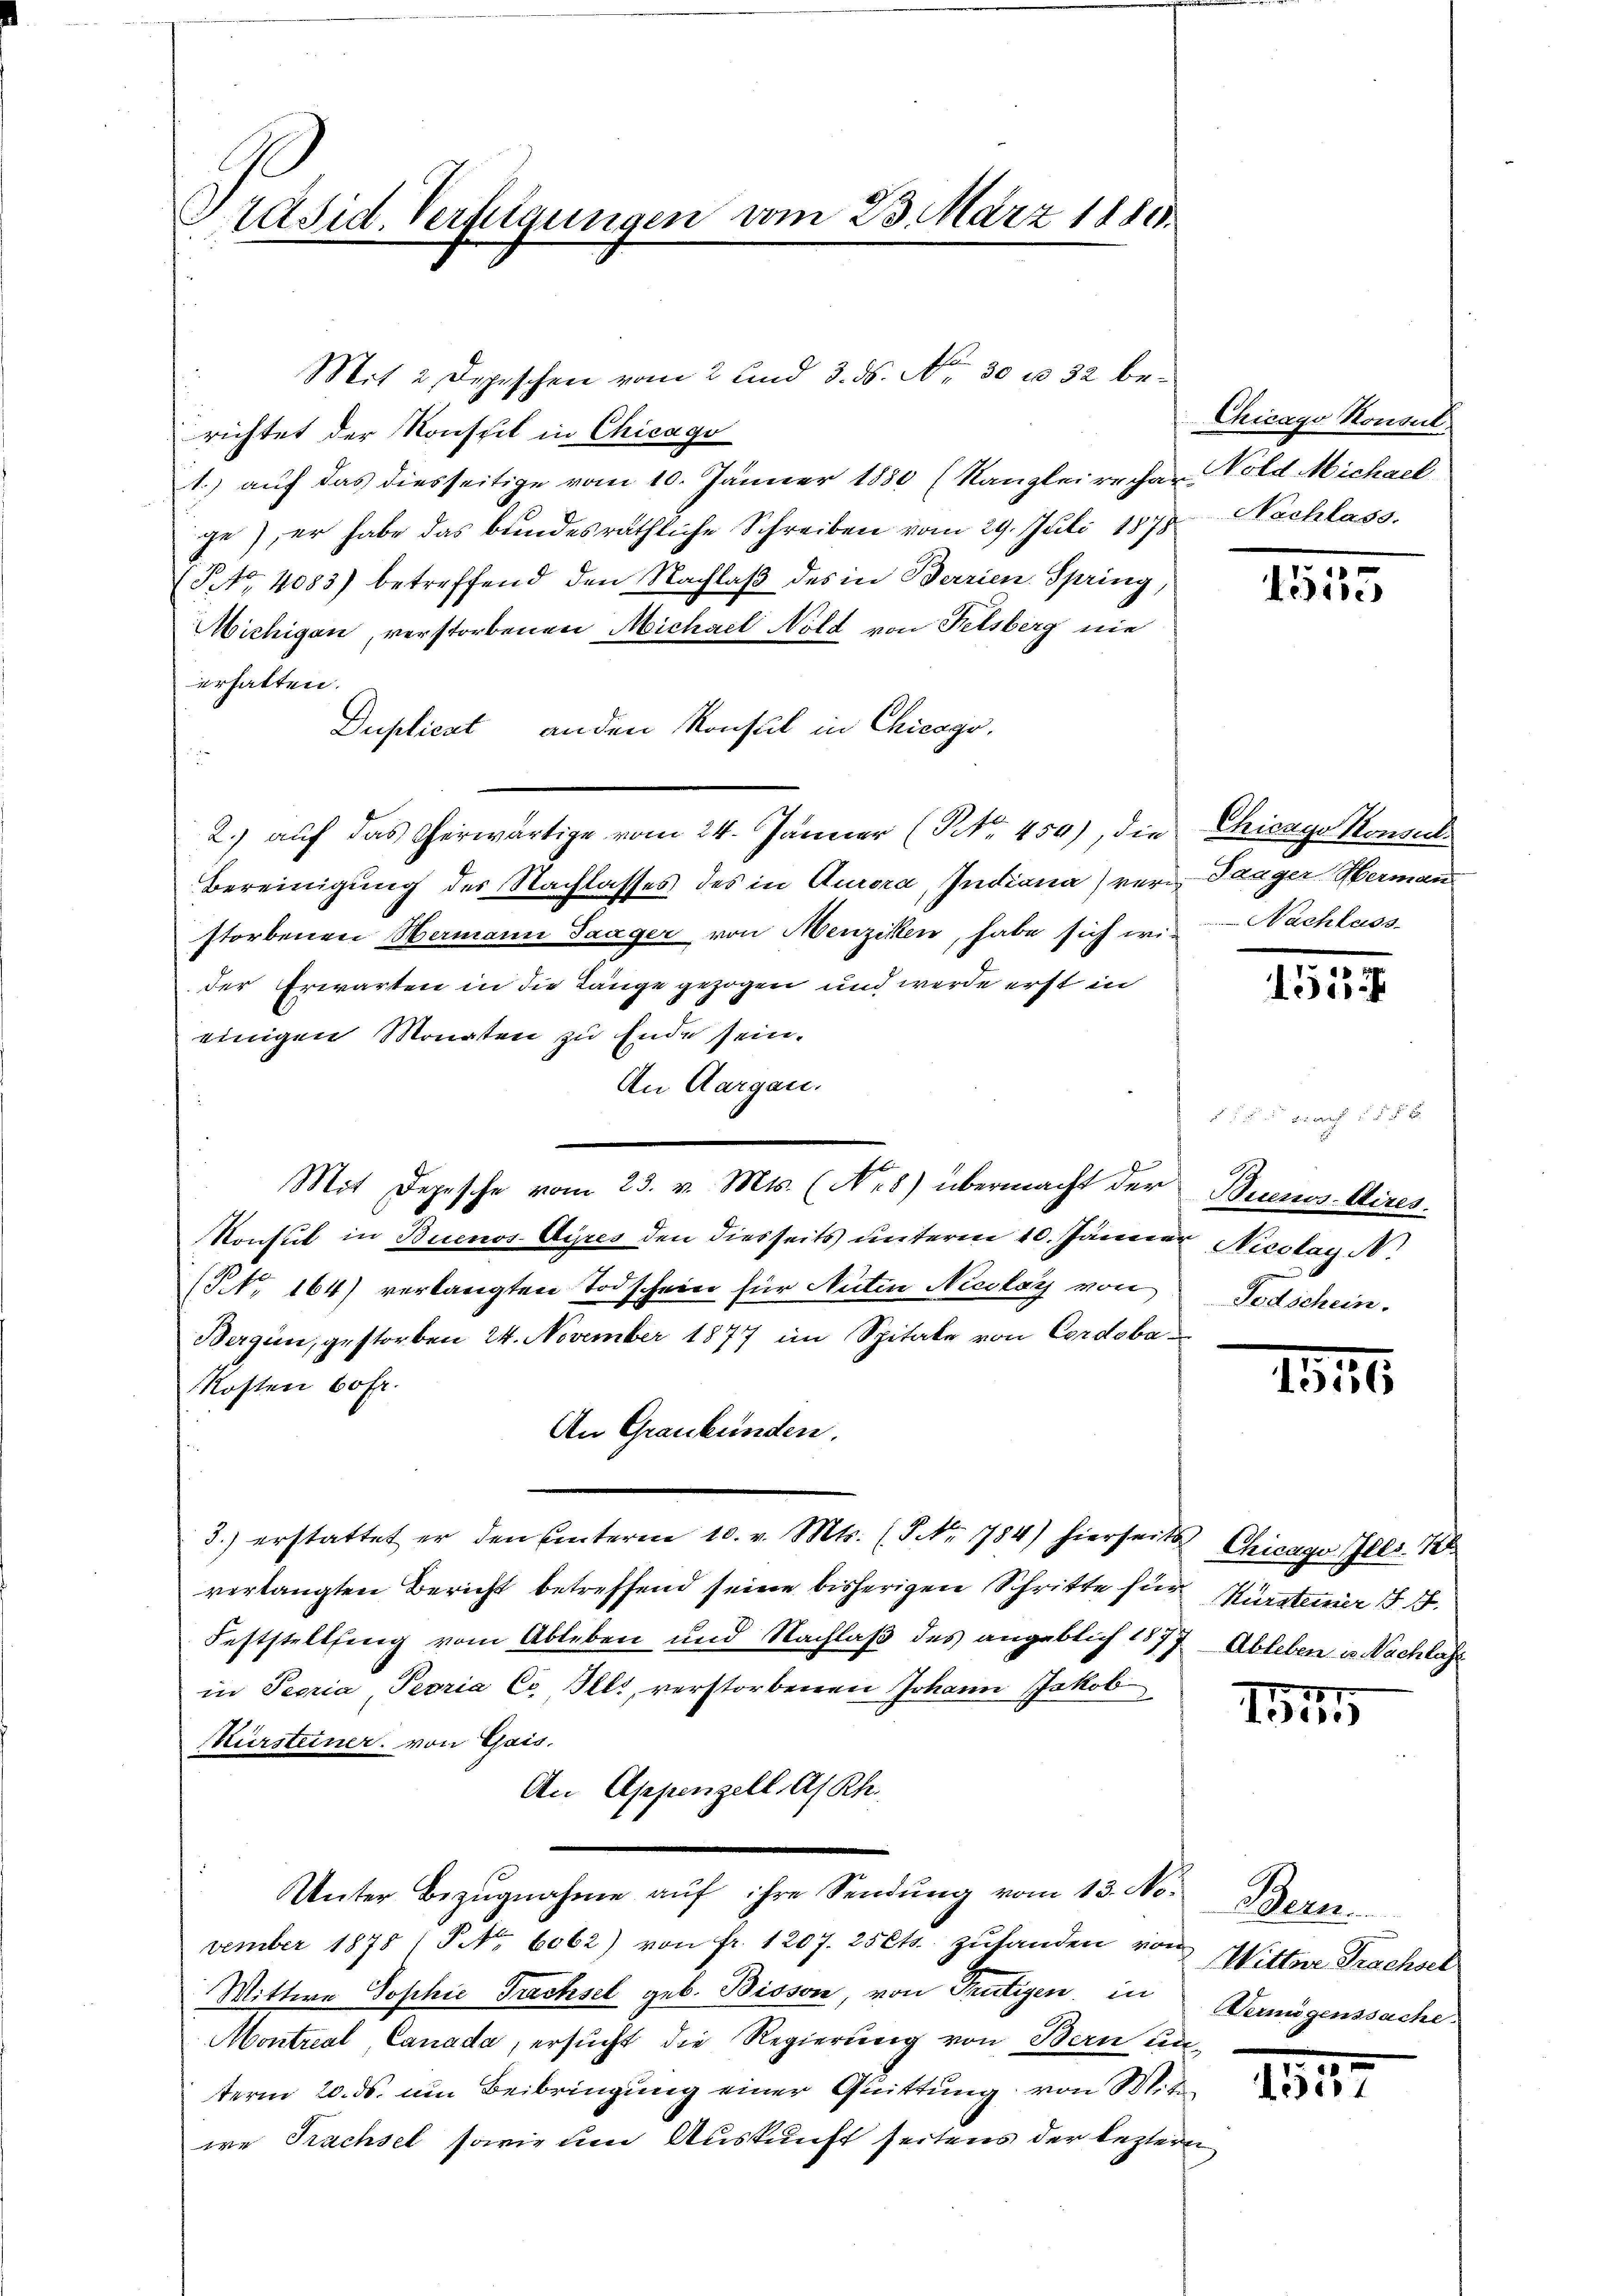
Präsid. Verfügungen vom 23. März 1810.

Mit Depesche vom 23. v. Mts. (N. 8) übermacht der Buenos-Aires.

Mit 2 Depeschen vom 2 und 3. ds. No. 30. u 32 berichtet der Konsteil in Chicago
1.) auf das diesseitige vom 10. Jänner 1880 (Kanzlei rechen-Vold Michael
ge), er habe das bundesräthliche Schreiben vom 29. Juli 1878 Nachlass
(No. 4083) betreffend den Nachlaß des in Berrien. Spring,
Michigen, verstorbenen Michael Nold von Felsberg nie
erhalten.
Duplicat anden Konsul in Chicago.
2.) auf das erwärtige vom 24. Jänner (NNo. 450), die Chicago Konsul
Bereinigung des Nachlasses des in Aurora, Indiana) ver-Tanger Herman
storbenen Hermann Saager, von Menziken, habe sich wider Erwarten in die Länge gezogen und werde erst in
einigen Monaten zu Ende sein.
An Aargau.
Konsul in Buenos-Ayres den diesseits unterm 10. Jänner Nicolay N.
(Bl. 164) verlangten Todschein für Auten Nicolay von Todschein.
Bergen, gestorben 24. November 1877 im Spitale von Cordoba
Kosten 60fr.
An Graubünden.
3.) erstattet er den Unterm 10. v. Mts. (T Nr. 784) hierseits
verlangten Bericht betreffend seine bisherigen Schritte für Kürsteiner
Feststellfing vom Ableben und Nachlaß des angeblich 1877 Ableben u. Nachlass
in Peoria, Peoria Co. Jetz, verstorbenen Johann Jakob
Mursteiner von Gais.
An Appenzell A/Rh.
Unter Bezŭgnahme aŭf ihre Sendung vom 13. No. Bern
vember 1878 1 S. Nr. 6062) von fr. 1207. 25 Cts. zufanden von Wittwe Trachsel
Wittwe Sophie Trachsel geb. Bisson, von Frutigen in
Montreal, Canada, ersucht die Regierung von Bern un
term 20. ds. um Beibringung einer Quittung von Mit
we Prachsel sowie um Auskunft seitens der lezteren

Chicago Konsul,

1525

Nachlass

55

ex

11

Chicago Ills. 128

25
IGri

Bemögenssache

1